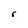
Character: r